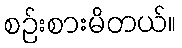
စဉ်းစားမိတယ်။